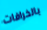
بالخرافات